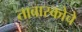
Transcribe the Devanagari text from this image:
ताबास्कोचे